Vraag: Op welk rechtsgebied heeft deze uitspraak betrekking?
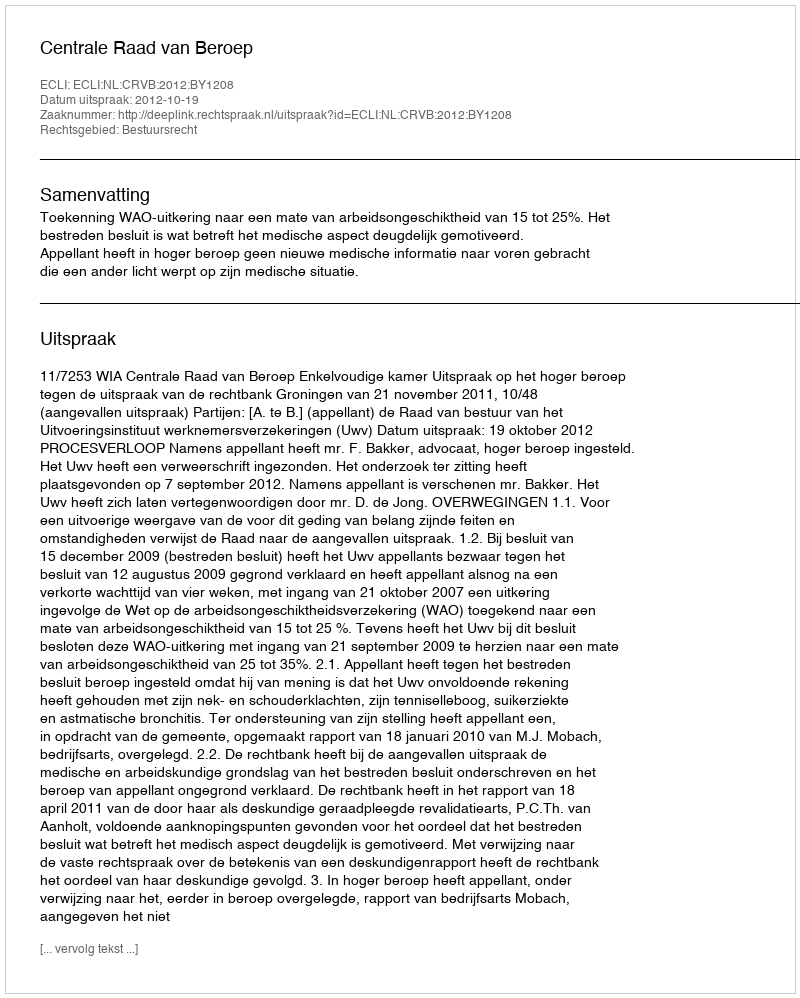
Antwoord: Bestuursrecht